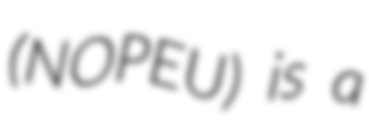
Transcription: (NOPEU) is a